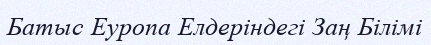
Батыс Еуропа Елдеріндегі Заң Білімі